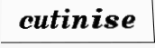
cutinise